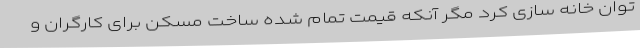
توان خانه سازی کرد مگر آنکه قیمت تمام شده ساخت مسکن برای کارگران و